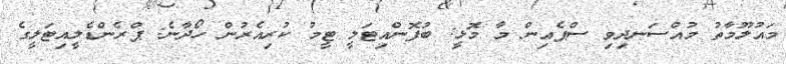
މައުލޫމާތު މުއްސަނދިވި ސްޕެއިން މާ މޮޅީ: ބުފޮންއިޓަލީ ޓީމު ކުރިއެރުން ހޯދާނެ: ޕްރެންޑެލީއިޓަލީގެ